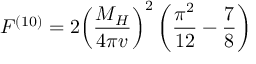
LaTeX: F ^ { ( 1 0 ) } = 2 { \left( \frac { M _ { H } } { 4 \pi v } \right) } ^ { 2 } \left( \frac { \pi ^ { 2 } } { 1 2 } - \frac { 7 } { 8 } \right)